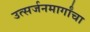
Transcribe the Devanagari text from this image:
उत्सर्जनमार्गांचा